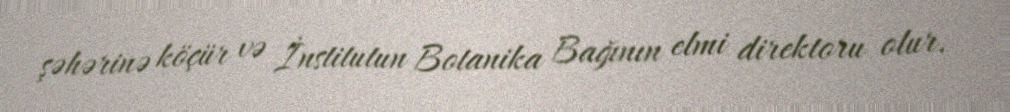
şəhərinə köçür və İnstitutun Botanika Bağının elmi direktoru olur.